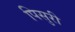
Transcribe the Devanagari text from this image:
पिसुरी